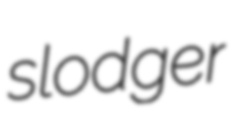
slodger